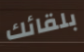
بلقائك